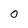
Character: 0